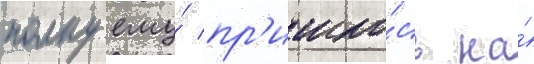
полку ему́ пр'ишло́сь на́